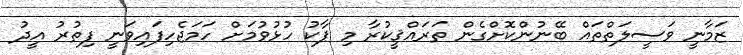
ޒަމާނީ ވަސީލަތްތައް ބޭނުންކޮށްގެން ތަރައްޤީކުރާ މި ޕާކު ހުޅުވުމަށް ހަމަޖެހިފައިވަނީ ފިތުރު އީދު